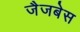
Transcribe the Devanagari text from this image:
जैजबेस